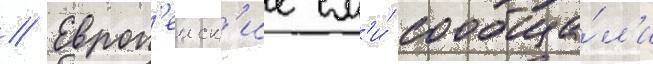
// Европ'еиск'ие см'и́ сообща́л'и